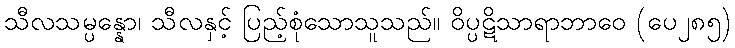
သီလသမ္ပန္နော၊ သီလနှင့် ပြည့်စုံသောသူသည်။ ဝိပ္ပဋိသာရာဘာဝေ (ပေ၂၈၅)